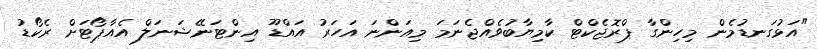
"އަޅުގަނޑުމެން މިހިންގާ ޕްރޮޖެކްޓް ކާމިޔާބުވެއްޖެނަމަ މިއަންނަ އަހަރު އައްޑޫ އިންޓަނޭޝަނަލް އެއާޕޯޓަށް ރެކޯޑު